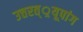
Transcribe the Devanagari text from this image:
उत्तरत््रयूपांग